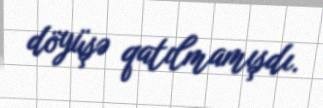
döyüşə qatılmamışdı.